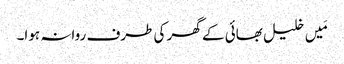
مَیں خلیل بھائی کے گھر کی طرف روانہ ہوا۔